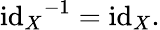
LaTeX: {\operatorname{id}_{X}}^{-1}=\operatorname{id}_{X}.